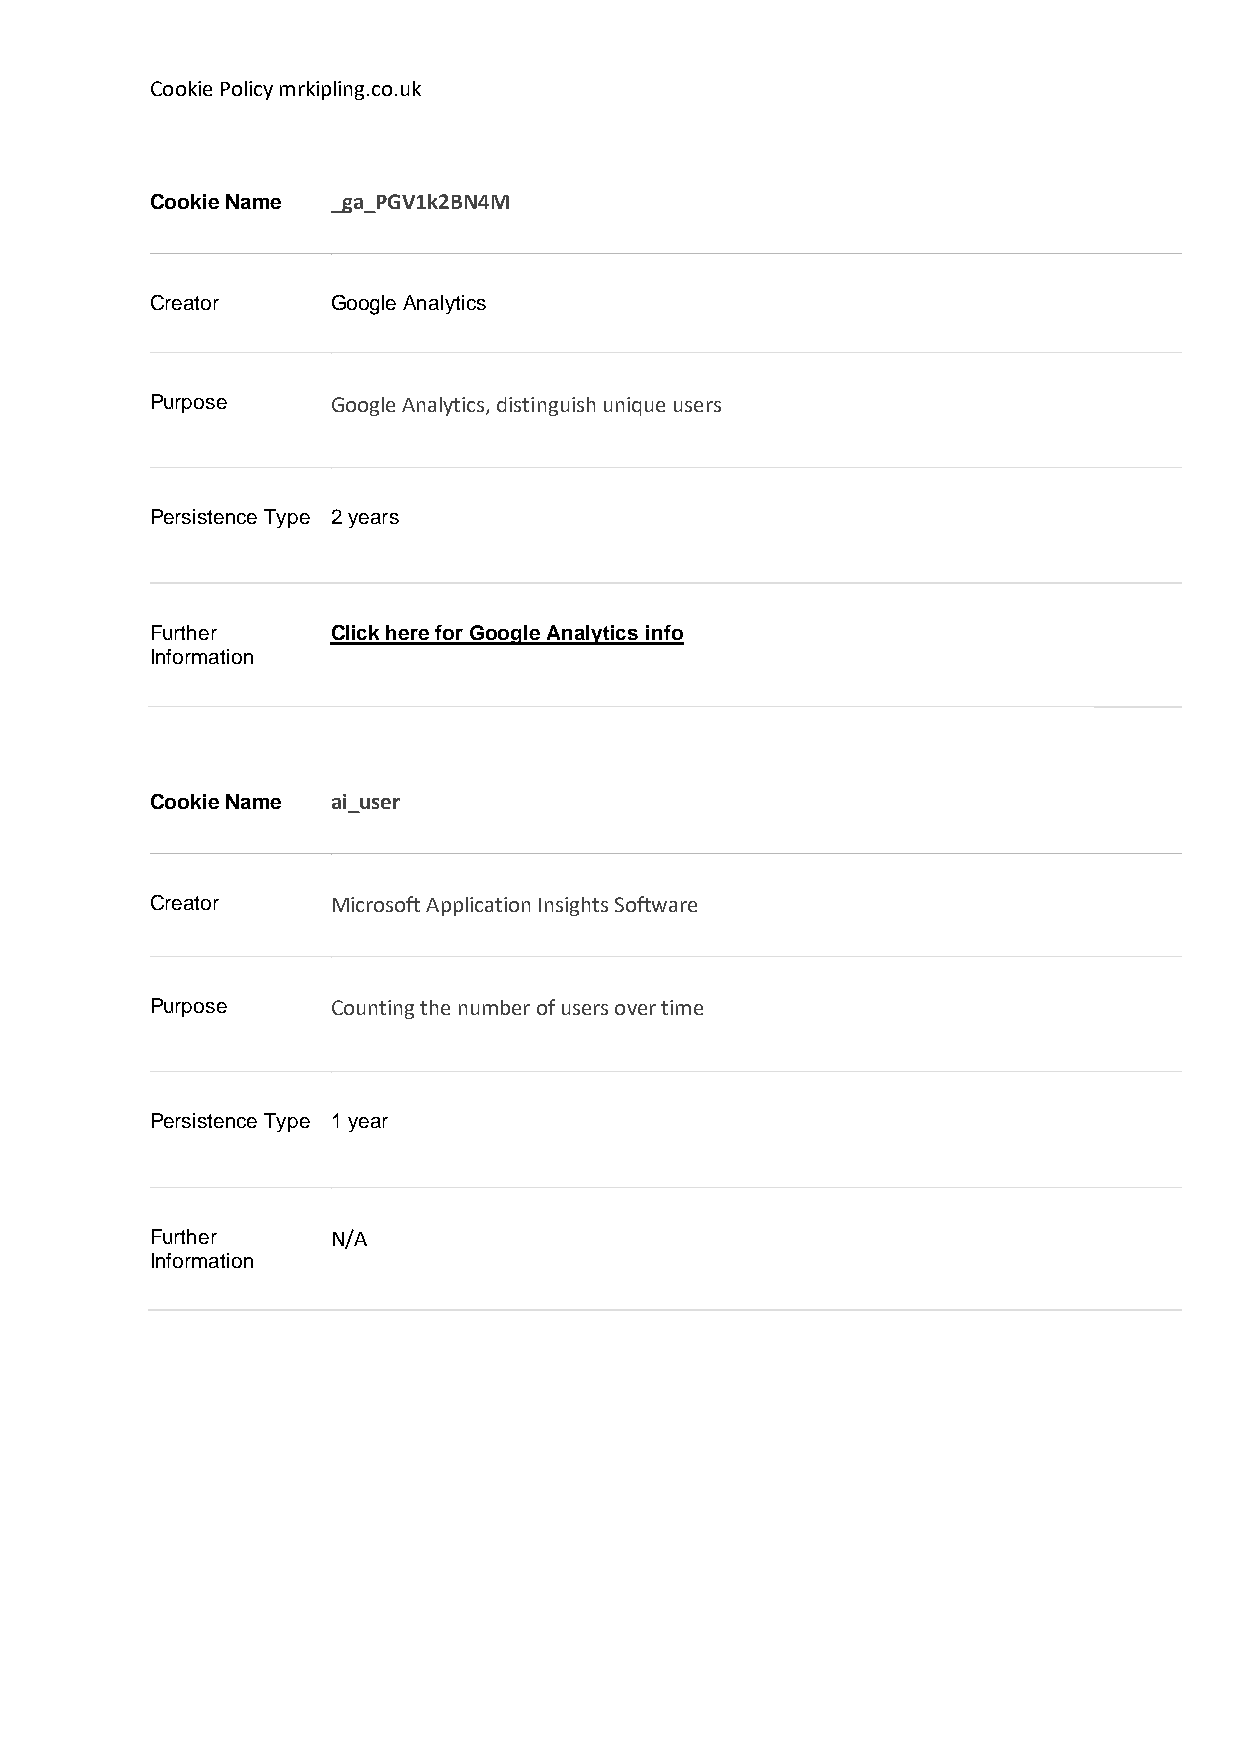
Cookie Policy mrkipling.co.uk
 Cookie Name _ga_PGV1k2BN4M
 Creator     Google Analytics
 Purpose     Google Analytics, distinguish unique users
 Persistence Type 2 years
 Further     Click here for Google Analytics info
 Information
 Cookie Name ai_user
 Creator     Microsoft Application Insights Software
 Purpose     Counting the number of users over time
 Persistence Type 1 year
 Further     N/A
 Information